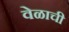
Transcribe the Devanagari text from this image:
वेळाची